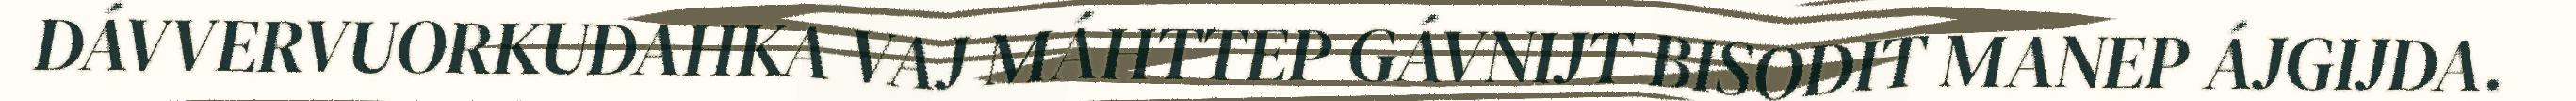
DÁVVERVUORKUDAHKA VAJ MÁHTTEP GÁVNIJT BISODIT MANEP ÁJGIJDA.